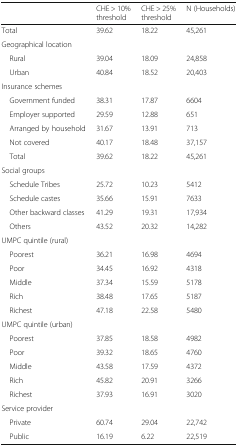
|  | CHE > 10% threshold | CHE > 25% threshold | N (Households) |
 | --- | --- | --- | --- |
 | Total | 39.62 | 18.22 | 45,261 |
 | <COLSPAN=4> Geographical location |
 | Rural | 39.04 | 18.09 | 24,858 |
 | Urban | 40.84 | 18.52 | 20,403 |
 | <COLSPAN=4> Insurance schemes |
 | Government funded | 38.31 | 17.87 | 6604 |
 | Employer supported | 29.59 | 12.88 | 651 |
 | Arranged by household | 31.67 | 13.91 | 713 |
 | Not covered | 40.17 | 18.48 | 37,157 |
 | Total | 39.62 | 18.22 | 45,261 |
 | <COLSPAN=4> Social groups |
 | Schedule Tribes | 25.72 | 10.23 | 5412 |
 | Schedule castes | 35.66 | 15.91 | 7633 |
 | Other backward classes | 41.29 | 19.31 | 17,934 |
 | Others | 43.52 | 20.32 | 14,282 |
 | <COLSPAN=4> UMPC quintile (rural) |
 | Poorest | 36.21 | 16.98 | 4694 |
 | Poor | 34.45 | 16.92 | 4318 |
 | Middle | 37.34 | 15.59 | 5178 |
 | Rich | 38.48 | 17.65 | 5187 |
 | Richest | 47.18 | 22.58 | 5480 |
 | <COLSPAN=4> UMPC quintile (urban) |
 | Poorest | 37.85 | 18.58 | 4982 |
 | Poor | 39.32 | 18.65 | 4760 |
 | Middle | 43.58 | 17.59 | 4372 |
 | Rich | 45.82 | 20.91 | 3266 |
 | Richest | 37.93 | 16.91 | 3020 |
 | <COLSPAN=4> Service provider |
 | Private | 60.74 | 29.04 | 22,742 |
 | Public | 16.19 | 6.22 | 22,519 |